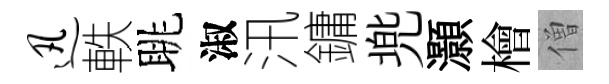
迅軼眺淑汛鏞兠灝檜僧